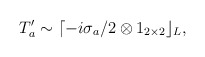
\begin{align*}T_{a}^{\prime }\sim \lceil -i\sigma _{a}/2\otimes 1_{2\times 2}\rfloor _{L},\end{align*}